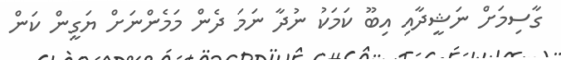
ގާސިމަށް ނަޝީދާއި އިބޫ ކަމަކު ނުދާ ނަމަ ދެން މަމެންނަށް ޔަގީން ކަން